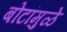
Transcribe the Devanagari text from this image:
बोटांमुळे